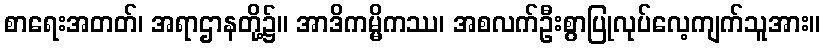
စာရေးအတတ်၊ အရာဌာနတို့၌။ အာဒိကမ္မိကဿ၊ အစလက်ဦးစွာပြုလုပ်လေ့ကျက်သူအား။